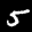
Label: 5